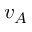
v _ { A }